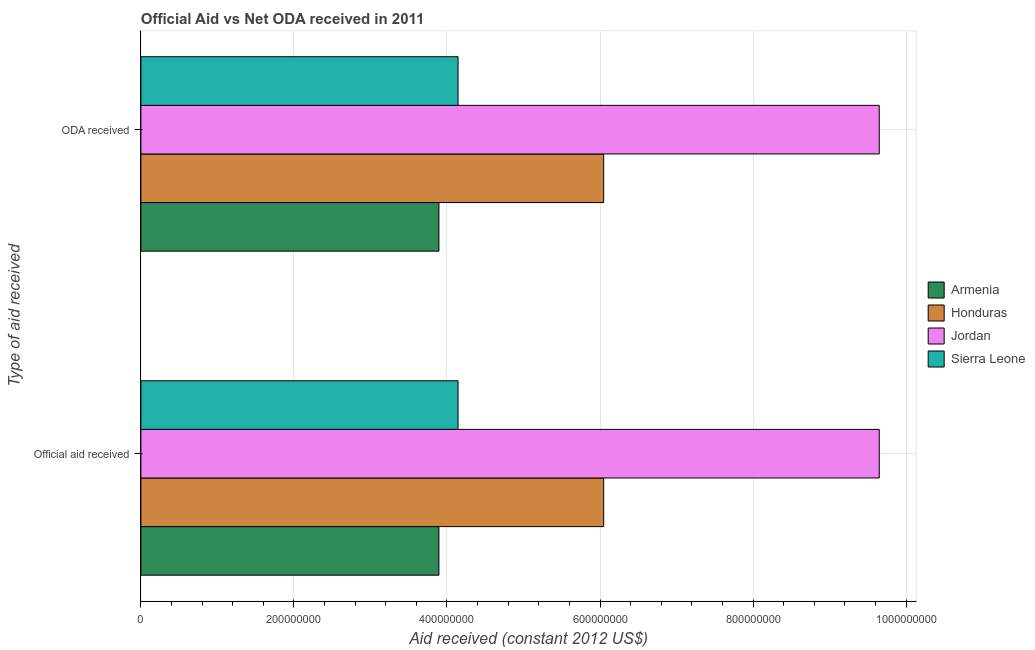
| Type of aid received | Armenia | Honduras | Jordan | Sierra Leone |
 | --- | --- | --- | --- | --- |
 | Official aid received | 3.89e+08 | 6.05e+08 | 9.65e+08 | 4.14e+08 |
 | ODA received | 3.89e+08 | 6.05e+08 | 9.65e+08 | 4.14e+08 |